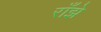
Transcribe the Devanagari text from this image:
राँझे